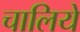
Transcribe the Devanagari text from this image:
चालिये